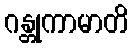
ဂန္တုကာမာတိ